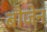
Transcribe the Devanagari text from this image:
बौजेन